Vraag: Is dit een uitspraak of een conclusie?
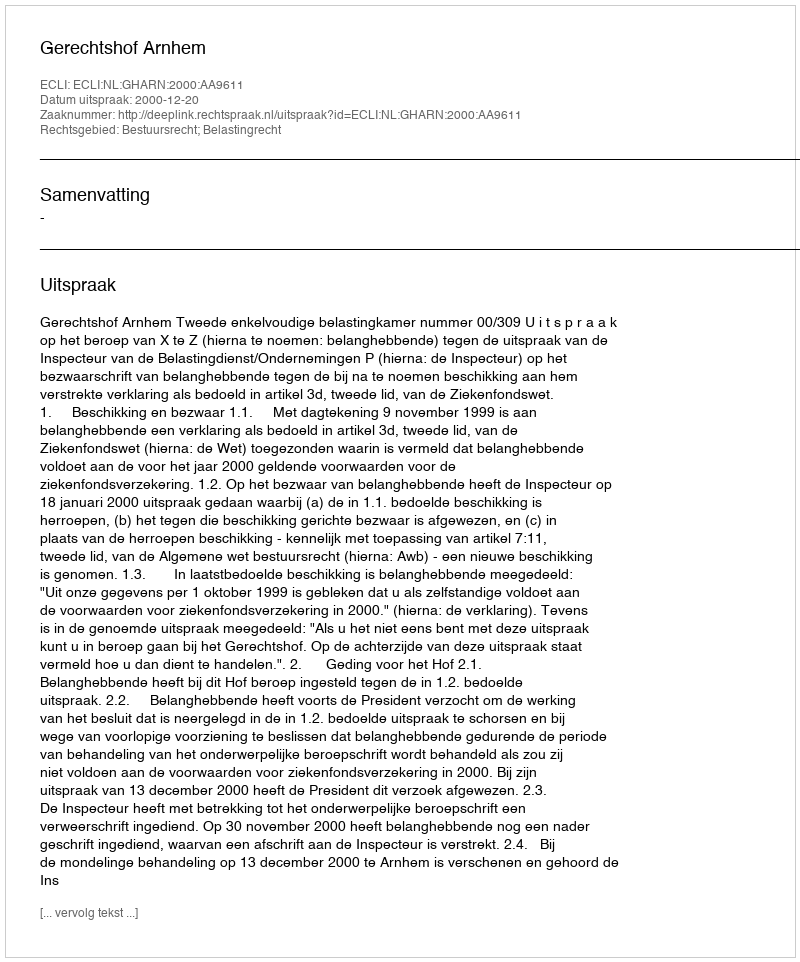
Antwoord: Uitspraak